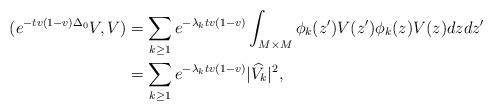
LaTeX: \begin{align*}(e^{-tv(1-v) \Delta_0} V, V) &= \sum_{k \geq 1} e^{-\lambda_k t v (1-v)} \int_{M \times M} \phi_k (z') V(z') \phi_k (z) V(z) dz dz' \\&= \sum_{k \geq 1} e^{-\lambda_k t v (1-v)} |\widehat{V_k}|^2,\end{align*}